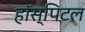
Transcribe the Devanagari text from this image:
हॉस्पिटल